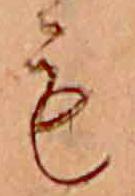
も